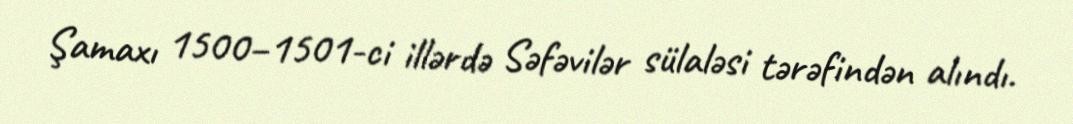
Şamaxı 1500–1501-ci illərdə Səfəvilər sülaləsi tərəfindən alındı.